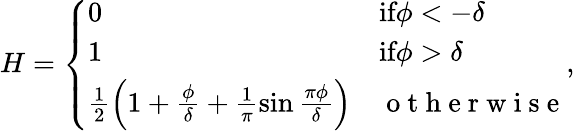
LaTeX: \begin{array}{r}{H=\left\{ \begin{array}{ll}{0}&{\textrm{if}\phi<-\delta}\\ {1}&{\textrm{if}\phi>\delta}\\ {\frac{1}{2}\left(1+\frac{\phi}{\delta}+\frac{1}{\pi}\sin\frac{\pi\phi}{\delta}\right)}&{\mathrm{~o~t~h~e~r~w~i~s~e~}}\end{array}\right.,}\end{array}